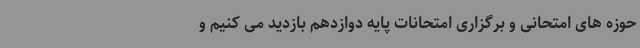
حوزه های امتحانی و برگزاری امتحانات پایه دوازدهم بازدید می کنیم و